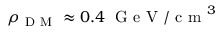
\rho _ { \mathrm { ~ D ~ M ~ } } \approx 0 . 4 \; \mathrm { ~ G ~ e ~ V ~ / ~ c ~ m ~ } ^ { 3 }